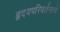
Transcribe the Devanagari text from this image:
हृदयपरिवर्तनाचे